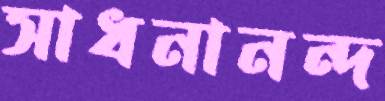
সাধনানন্দ